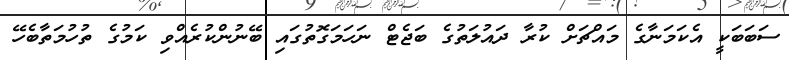
ސަބަބަކީ އެކަމަނާގެ މައްޗަށް ކުރާ ދައުލަތުގެ ބަޖެޓް ނަހަމަގޮތުގައި ބޭނުންކުރެއްވި ކަމުގެ ތުހުމަތާބެހޭ